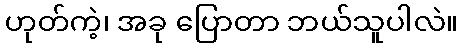
ဟုတ်ကဲ့၊ အခု ပြောတာ ဘယ်သူပါလဲ။